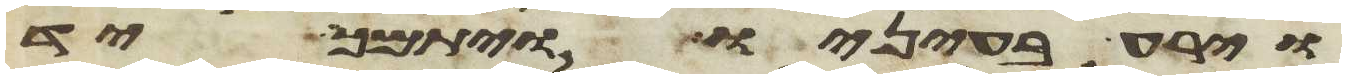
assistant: וירע בעיניו ויתמך יד